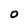
Character: o